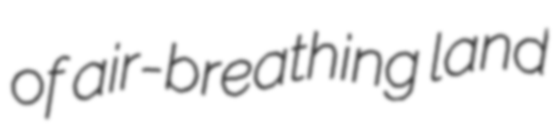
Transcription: of air-breathing land